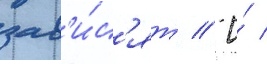
зав'и́с'ят // И́ /